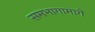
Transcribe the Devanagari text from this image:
समभागामागे